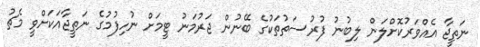
ނަތީޖާ އެއްވަރުކޮށްލަން ލިބުނު ފުރުސަތުތަކުގެ ބޭނުން ޖަރުމަނު ޓީމަށް ނުހިފުމުގެ ނަތީޖާއަކަށްވީ މެޗު